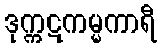
ဒုက္ကဋကမ္မကာရီ